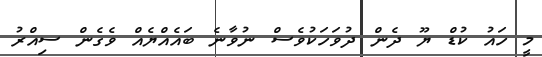
މީ ހައު ކުޑް ޔޫ ދެން ދުވަހަކުވެސް ނުވާނެ ބައެއްޔެއް ވެގެން ސިއްރު